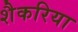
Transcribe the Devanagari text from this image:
शैकरिया